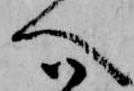
へ